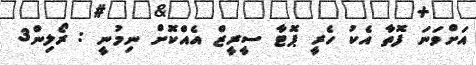
އަށްވަނަ ފޮތާ އެކު ހެރީ ޕޮޓާ ސީރީޒް އެއްކޮށް ނިމުނީ : ރޯލިން3